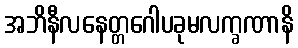
အဘိနီလနေတ္တဂေါပခုမလက္ခဏာနိ